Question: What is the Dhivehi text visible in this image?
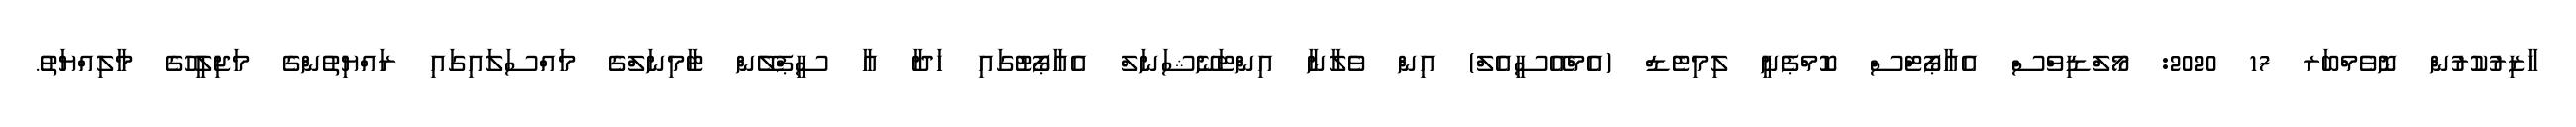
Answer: ހާޒިރުކުރުން ނޮވެމްބަރ 17 2020: މޯލްޑިވްސް އެއާޕޯޓްސް ކޮމްޕެނީ ލިމިޓެޑް (އެމްއޭސީއެލް) އިން ވެލާނާ އިންޓަނޭޝަނަލް އެއާޕޯޓުގައި ހަދާ އާ ސީޕްލޭން ޓާމިނަލްގެ މައްސަލައިގައި ރައްޔިތުންގެ މަޖިލީހުގެ މާލިއްޔަތު.